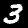
Label: 3